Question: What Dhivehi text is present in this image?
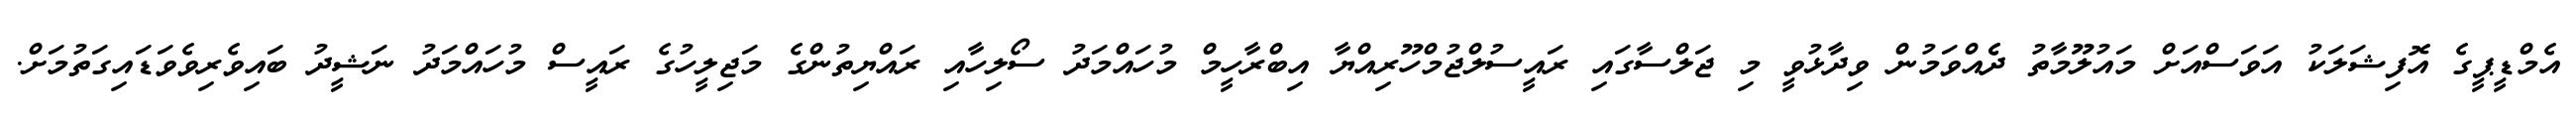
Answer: އެމްޑީޕީގެ އޮފިޝަލަކު އަވަސްއަށް މައުލޫމާތު ދެެއްވަމުން ވިދާޅުވީ މި ޖަލްސާގައި ރައީސުލްޖުމްހޫރިއްޔާ އިބްރާހީމް މުހައްމަދު ސޯލިހާއި ރައްޔިތުންގެ މަޖިލީހުގެ ރައީސް މުހައްމަދު ނަޝީދު ބައިވެރިވެވަޑައިގަތުމަށް.